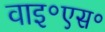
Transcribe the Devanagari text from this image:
वाइ॰एस॰